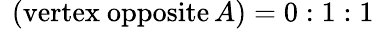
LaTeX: \ \left({\mathrm{vertex~opposite}}\, A\right)=0:1:1